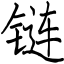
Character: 链